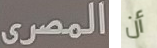
المصرى أن